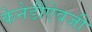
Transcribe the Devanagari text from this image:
केनेडींऐवजी